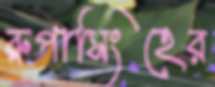
রুপাসিংহের